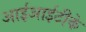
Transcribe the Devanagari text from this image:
आईआईटीके